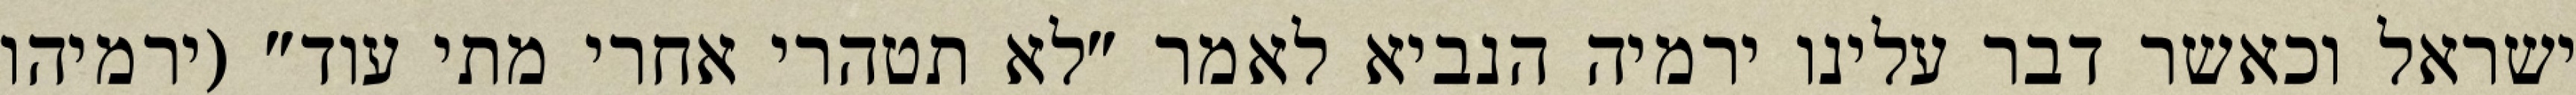
ישראל וכאשר דבר עלינו ירמיה הנביא לאמר "לא תטהרי אחרי מתי עוד" (ירמיהו